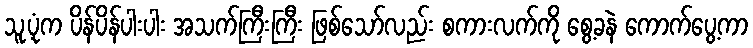
သူ့ပုံက ပိန်ပိန်ပါးပါး အသက်ကြီးကြီး ဖြစ်သော်လည်း စကားလက်ကို စွေ့ခနဲ ကောက်ပွေ့ကာ